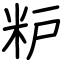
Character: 粐